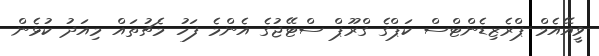
ވީއޭއެމް ޕްރެޒިޑެންޓްސް ކަޕްގެ ގްރޫޕް ސްޓޭޖުގެ އެންމެ ފަހު މެޗުތައް މިއަދު ކުޅެން